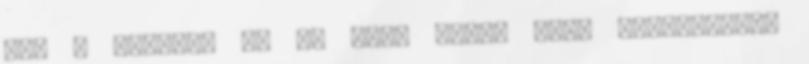
még a névelőt is el kell látni "MTA helyesírás"